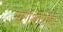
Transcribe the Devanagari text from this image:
मार्गशीर्षोहं